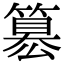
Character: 簒